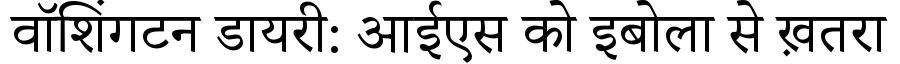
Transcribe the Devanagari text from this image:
वॉशिंगटन डायरी: आईएस को इबोला से ख़तरा